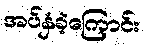
အပ်နှံခဲ့ကြောင်း